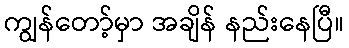
ကျွန်တော့်မှာ အချိန် နည်းနေပြီ။